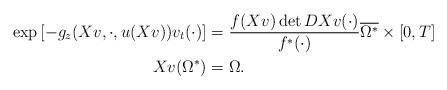
LaTeX: \begin{align*} \exp{[-g_z(Xv,\cdot,u(Xv))v_t(\cdot)]} &= \frac{f(Xv)\det DXv(\cdot)}{f^*(\cdot)} \overline{\Omega^*}\times[0,T]\\ Xv(\Omega^*) &= \Omega. \end{align*}